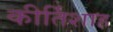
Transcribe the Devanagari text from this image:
कीर्तिशाह